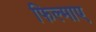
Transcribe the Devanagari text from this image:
फिल्‍माए